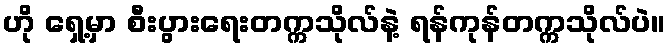
ဟို ရှေ့မှာ စီးပွားရေးတက္ကသိုလ်နဲ့ ရန်ကုန်တက္ကသိုလ်ပဲ။